Relation of titanus [i.e. tetanus] to the hypodermic or intramuscular injection of quinine - Number 43
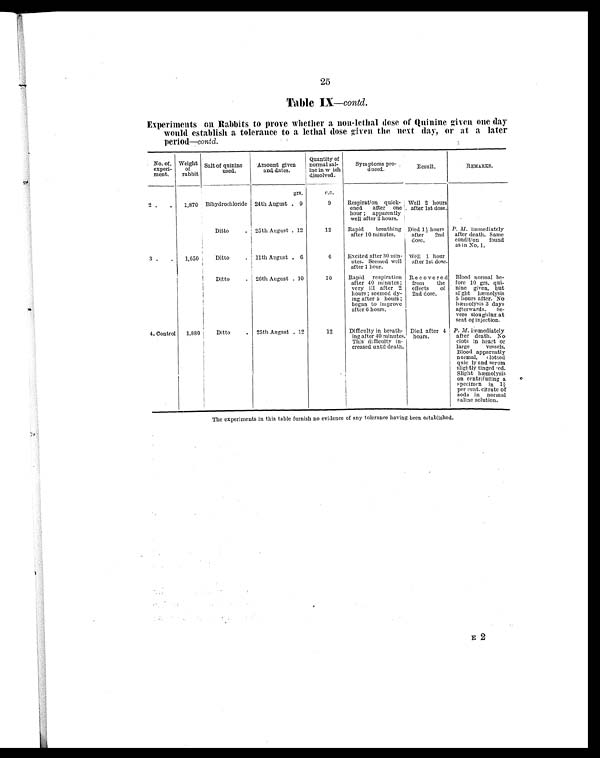
25
Table IX—contd.
Experiments on Rabbits to prove whether a non-lethal dose of Quinine given one day
would establish a tolerance to a lethal dose given the next day, or at, a later
period—contd.
No. of.
experi-
ment.
Weight
of
rabbit
Salt of quinine
used.
Amount given
and dates.
Quantity of
normal sal-
ine in w ich
dissolved.
Symptoms pro-
duced.
Result.
REMARKS.
grs.
c.c.
2 .
.
1,870 Bihydrochloride 24th August 9
9
Respiration quick-
ened after one
hour ; apparently
well after 2 hours.
Well 2 hours
after 1st dose.
Ditto
. 25th August 12
12
Rapid breathing
after 10 minutes.
Died 1½ hours
after 2nd
dose.
P. M. immediately
after death. Same
condition found
as in No. 1.
3 .
.
1,650
Ditto
. 11th August 6
6
Excited after 20 min-
utes. Seemed well
after 1 hour.
Well 1 hour
after 1st dose.
Ditto
. 26th August 10
10
Rapid respiration
after 40 minutes ;
very ill after 2
hours ; seemed dy-
ing after 5 hours ;
began to improve
after 6 hours.
Recovered
from the
effects of
2nd dose.
Blood normal be-
fore 10 grs. qui-
nine given, but
slight hæmolysis
5 hours after. No
hæmolysis 3 days
afterwards. Se-
vere sloughing at
seat of injection.
4. Control
1,880
Ditto
. 25th August 12
12
Difficulty in breath-
ing after 40 minutes.
This difficulty in-
creased until death.
I
Died after 4
hours.
P. M. immediately
after death. No
clots in heart or
large vessels.
Blood apparently
normal, clotted
quickly and serum
slightly tinged red.
Slight hæmolysis
on centrifuging a
specimen in 1½
per cent. citrate of
soda in normal
saline solution.
The experiments in this table furnish no evidence of any tolerance having been established.
E 2